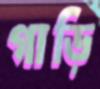
গাড়ি